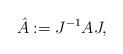
LaTeX: \begin{align*}\hat{A}:=J^{-1}AJ, \end{align*}